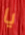
يا